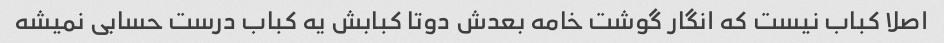
اصلا کباب نیست که انگار گوشت خامه بعدش دوتا کبابش یه کباب درست حسابی نمیشه